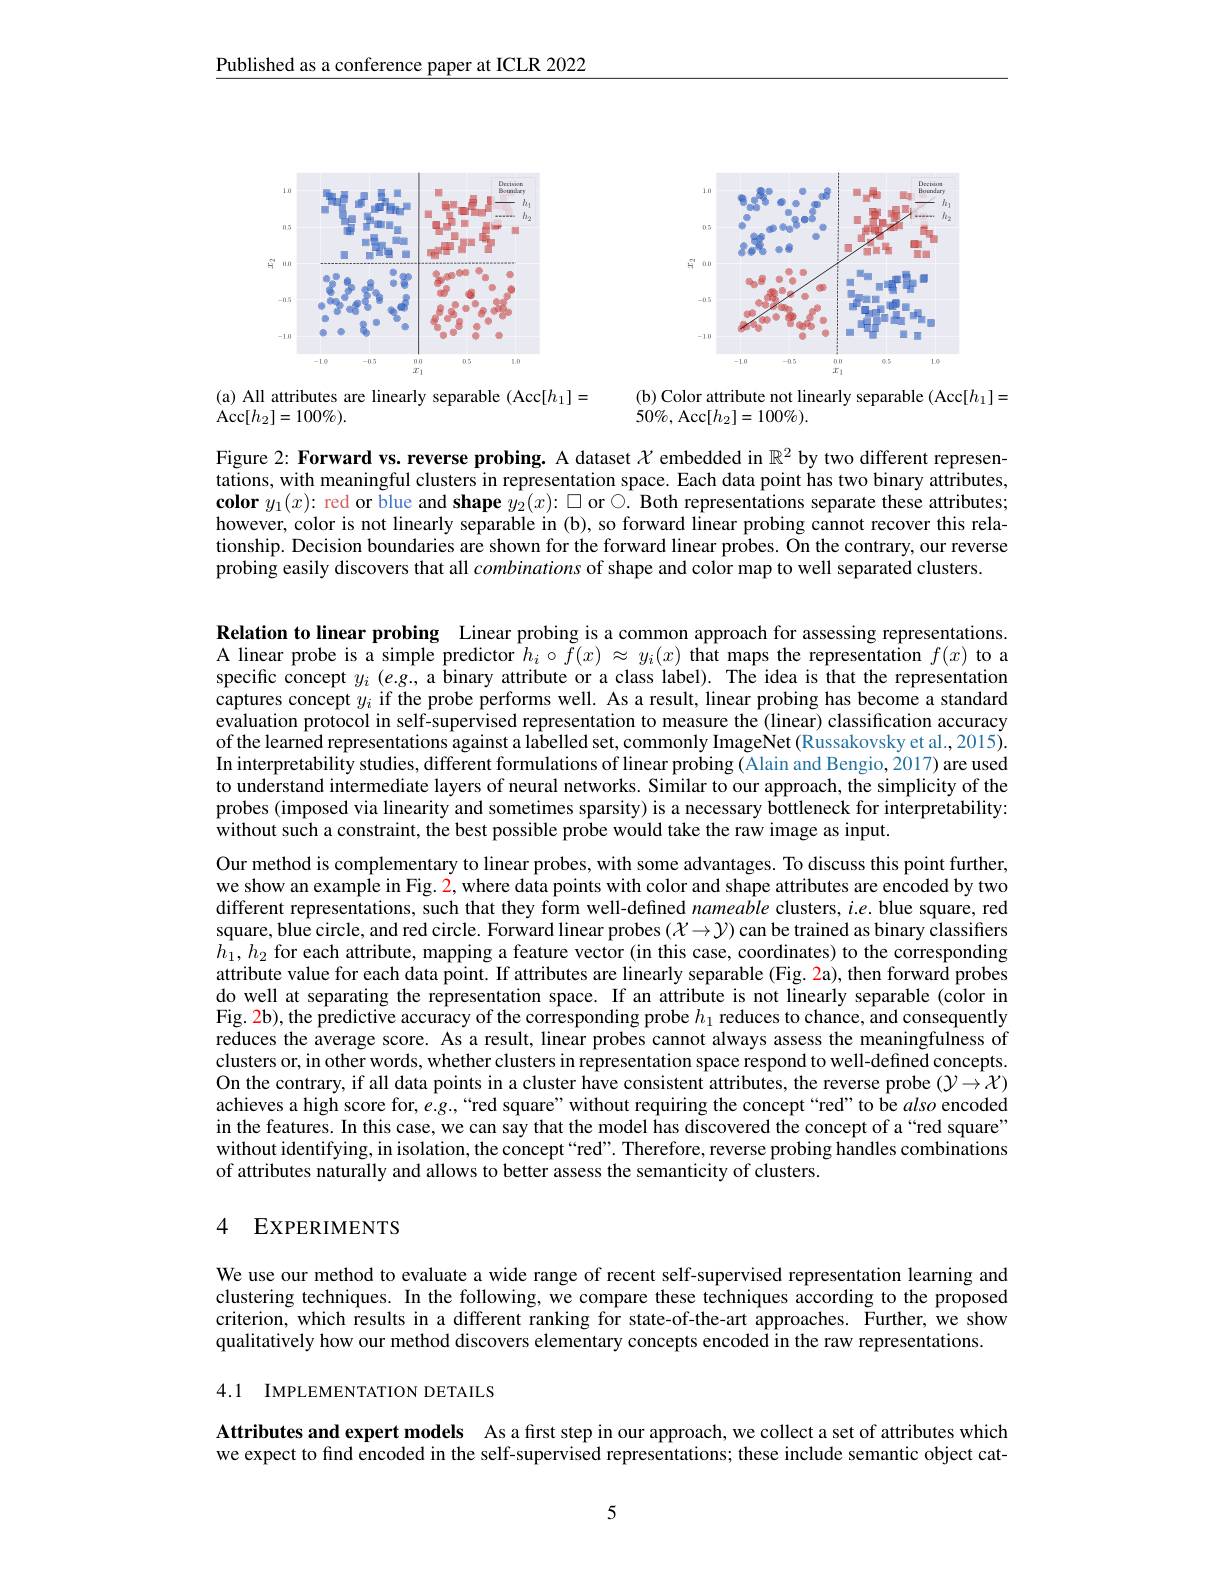
Published as a conference paper at ICLR 2022

<FigureHere>

<FigureHere>

(b) Color attribute not linearly separable (Acc[h]=
$50\%$,Acc$[h_2]=100\%).$

(a) All attributes are linearly separable (Acc[h{}]=
$\operatorname{Acc}[h_2]=100\%).$

Figure 2: Forward vs. reverse probing. A dataset $\mathcal{X}$ embedded in $\mathbb{R}^2$ by two different representations, with meaningful clusters in representation space. Each data point has two binary attributes, $\textbf{color }y_{1}( x) {: \text{red or blue and shape }y_{2}}( x) {: }\square$or$\bigcirc.$Both representations separate these attributes; however, color is not linearly separable in (b), so forward linear probing cannot recover this relationship. Decision boundaries are shown for the forward linear probes. On the contrary, our reverse probing easily discovers that all combinations of shape and color map to well separated clusters.

Relation to linear probing Linear probing is a common approach for assessing representations. A linear probe is a simple predictor $h_i\circ\tilde{f}(x)\approx y_i(x)$ that maps the representation $f(x)$ to a specific concept $y_i$ $(e.g.$, a binary attribute or a class label). The idea is that the representation captures concept $y_i$ if the probe performs well. As a result, linear probing has become a standard evaluation protocol in self-supervised representation to measure the (linear) classification accuracy of the learned representations against a labelled set, commonly ImageNet (Russakovsky et al., 2015). In interpretability studies, different formulations of linear probing (Alain and Bengio, 2017) are used to understand intermediate layers of neural networks. Similar to our approach, the simplicity of the probes (imposed via linearity and sometimes sparsity) is a necessary bottleneck for interpretability: without such a constraint, the best possible probe would take the raw image as input.

Our method is complementary to linear probes, with some advantages. To discuss this point further, we show an example in Fig. $\color{red}2$, where data points with color and shape attributes are encoded by two different representations, such that they form well-defined nameable clusters, $i.e.$ blue square, red square, blue circle, and red circle. Forward linear probes $(\mathcal{X}\to\mathcal{Y})$ can be trained as binary classifiers $h_1,h_2$ for each attribute, mapping a feature vector (in this case, coordinates) to the corresponding attribute value for each data point. If attributes are linearly separable (Fig. 2a), then forward probes do well at separating the representation space. If an attribute is not linearly separable (color in Fig. 2b), the predictive accuracy of the corresponding probe $h_1$ reduces to chance, and consequently reduces the average score. As a result, linear probes cannot always assess the meaningfulness of clusters or, in other words, whether clusters in representation space respond to well-defined concepts. On the contrary, if all data points in a cluster have consistent attributes, the reverse probe $(\mathcal{Y}\to\mathcal{X})$ achieves a high score for, e.g., “red square”without requiring the concept“red”to be also encoded in the features. In this case, we can say that the model has discovered the concept of a “red square” without identifying, in isolation, the concept“red”. Therefore, reverse probing handles combinations of attributes naturally and allows to better assess the semanticity of clusters.

# 4 EXPERIMENTS

We use our method to evaluate a wide range of recent self-supervised representation learning and clustering techniques. In the following, we compare these techniques according to the proposed criterion, which results in a different ranking for state-of-the-art approaches. Further, we show qualitatively how our method discovers elementary concepts encoded in the raw representations.

4.1 IMPLEMENTATION DETAILS

Attributes and expert models As a fırst step in our approach, we collect a set of attributes which we expect to find encoded in the self-supervised representations; these include semantic object cat-

5